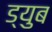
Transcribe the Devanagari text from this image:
ड्युब